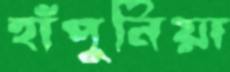
হাঁপুনিয়া